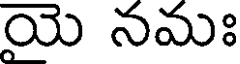
యె నమః